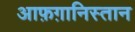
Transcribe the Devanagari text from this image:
आफ़ग़ानिस्तान